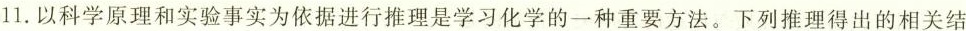
11.以科学原理和实验事实为依据进行推理是学习化学的一种重要方法。下列推理得出的相关结